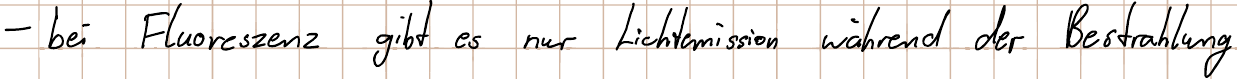
- bei Fluoreszenz gibt es nur Lichtemission während der Bestrahlung